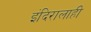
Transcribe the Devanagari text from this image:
इंदिरालाही